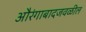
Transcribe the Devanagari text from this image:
औरंगाबादजवळील